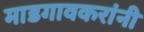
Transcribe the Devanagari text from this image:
माडगावकरांनी